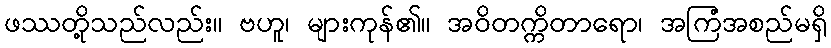
ဖဿတို့သည်လည်း။ ဗဟူ၊ များကုန်၏။ အဝိတက္ကိတာရော၊ အကြံအစည်မရှိ